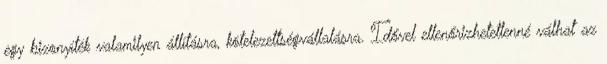
egy bizonyíték valamilyen állításra, kötelezettségvállalásra. Idővel ellenőrizhetetlenné válhat az